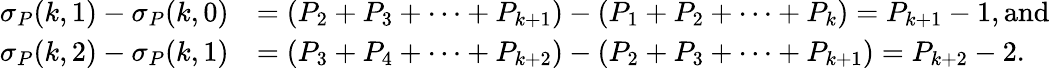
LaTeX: \begin{array}{rl}{\sigma_{P}(k,1)-\sigma_{P}(k,0)}&{=(P_{2}+P_{3}+\cdots+P_{k+1})-(P_{1}+P_{2}+\cdots+P_{k})=P_{k+1}-1,\mathrm{and}}\\ {\sigma_{P}(k,2)-\sigma_{P}(k,1)}&{=(P_{3}+P_{4}+\cdots+P_{k+2})-(P_{2}+P_{3}+\cdots+P_{k+1})=P_{k+2}-2.}\end{array}